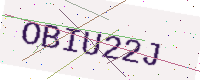
Text: OBIU22J